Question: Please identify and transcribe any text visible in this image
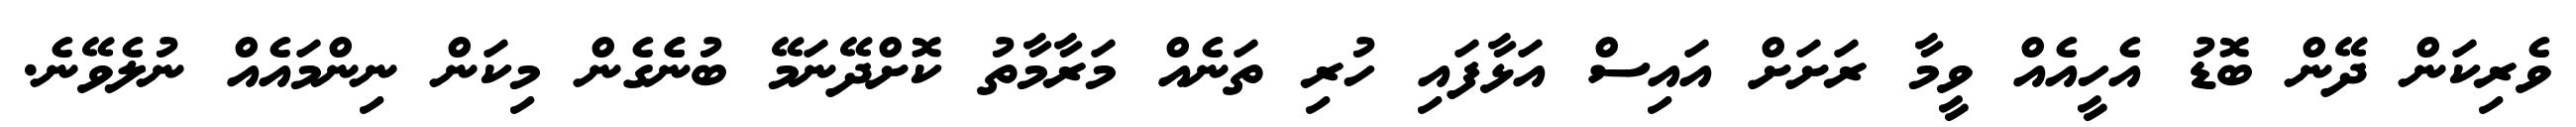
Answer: ވެރިކަން ދޭން ބޮޑު އެހީއެއް ވީމާ ރަށަށް އައިސް އަޅާފައި ހުރި ތަނެއް މަރާމާތު ކޮށްދޭނަމޭ ބުނެެގެން މިކަން ނިންމައެއް ނުލެވޭނެ.